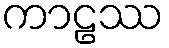
ကာဠဿ